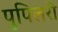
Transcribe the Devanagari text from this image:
पुपिलरी